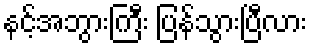
နင့်အဘွားကြီး ပြန်သွားပြီလား